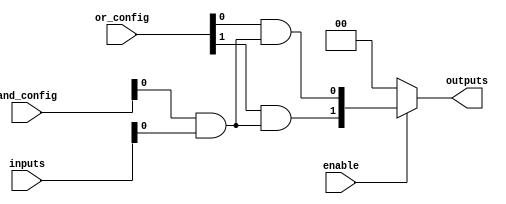
module CLB (
    input wire [N-1:0] inputs,         // Input signals
    input wire [M-1:0] and_config,     // Configuration for AND gates
    input wire [P-1:0] or_config,      // Configuration for OR gates
    input wire enable,                  // Enable signal
    output reg [O-1:0] outputs         // Output signals
);
    parameter N = 8;                   // Number of inputs
    parameter M = 4;                   // Number of AND gates
    parameter P = 2;                   // Number of OR gates
    parameter O = 2;                   // Number of outputs

    wire [M-1:0] and_outputs;          // Outputs from AND gates
    wire [P-1:0] or_inputs;            // Inputs to OR gates

    // AND Plane
    generate
        genvar i;
        for (i = 0; i < M; i = i + 1) begin : and_gate
            assign and_outputs[i] = (and_config[i] & inputs);
        end
    endgenerate

    // OR Plane
    generate
        genvar j;
        for (j = 0; j < P; j = j + 1) begin : or_gate
            assign or_inputs[j] = (or_config[j] & and_outputs);
        end
    endgenerate

    // Output Logic
    always @(*) begin
        if (enable) begin
            outputs = or_inputs; // Output based on OR gate results
        end else begin
            outputs = {O{1'b0}}; // Outputs are low when not enabled
        end
    end
endmodule